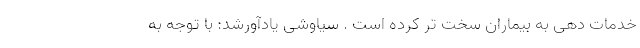
خدمات دهی به بیماران سخت تر کرده است . سیاوشی یادآورشد: با توجه به